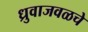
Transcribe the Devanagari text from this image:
ध्रुवाजवळचे